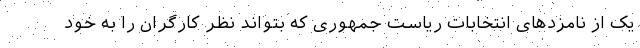
یک از نامزدهای انتخابات ریاست جمهوری که بتواند نظر کارگران را به خود